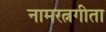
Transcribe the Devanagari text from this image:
नामरत्नगीता